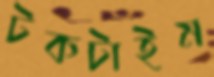
টকটাইম